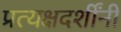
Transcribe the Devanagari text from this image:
प्रत्यक्षदर्शींनी